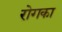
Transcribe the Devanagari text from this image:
रोगका